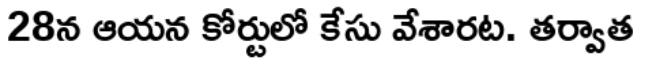
28న ఆయన కోర్టులో కేసు వేశారట. తర్వాత